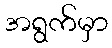
အရွက်မှာ